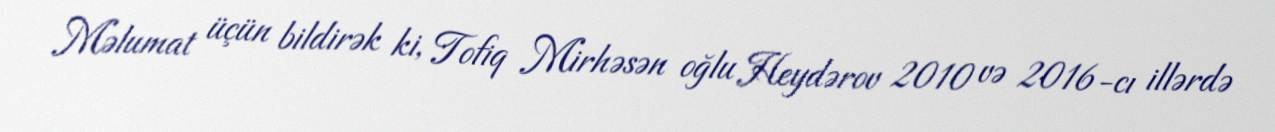
Məlumat üçün bildirək ki, Tofiq Mirhəsən oğlu Heydərov 2010 və 2016-cı illərdə